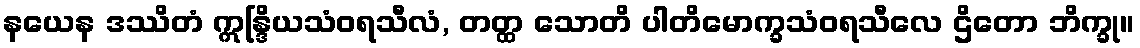
နယေန ဒဿိတံ ဣန္ဒြိယသံဝရသီလံ, တတ္ထ သောတိ ပါတိမောက္ခသံဝရသီလေ ဌိတော ဘိက္ခု။